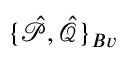
\{ \hat { \mathcal { P } } , \hat { \mathcal { Q } } \} _ { B v }